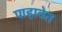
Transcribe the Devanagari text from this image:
पाहावेत